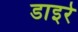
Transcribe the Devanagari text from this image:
डाइरे